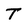
Character: T